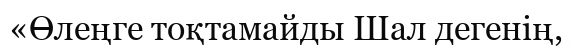
«Өлеңге тоқтамайды Шал дегенiң,